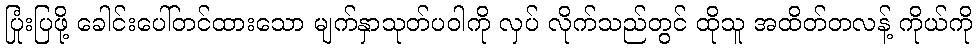
ပြုံးပြဖို့ ခေါင်းပေါ်တင်ထားသော မျက်နှာသုတ်ပဝါကို လှပ် လိုက်သည်တွင် ထိုသူ အထိတ်တလန့် ကိုယ်ကို